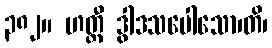
၃၈၂။ ဟတ္ထီ ဒွါဒသပေါသော၊တိ၊